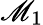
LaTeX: \mathscr{M}_{1}